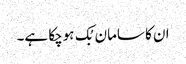
ان کا سامان بُک ہوچکا ہے۔